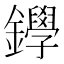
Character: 𨯰